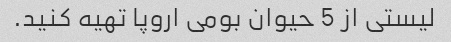
لیستی از 5 حیوان بومی اروپا تهیه کنید.